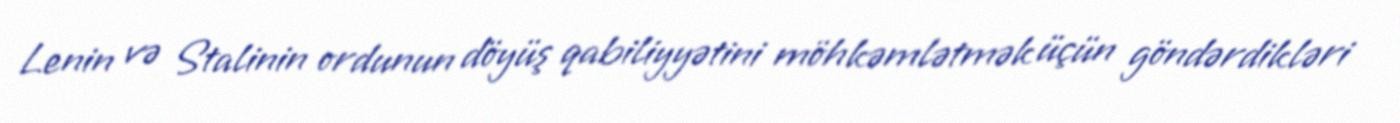
Lenin və Stalinin ordunun döyüş qabiliyyətini möhkəmlətmək üçün göndərdikləri